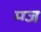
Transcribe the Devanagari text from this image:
म्ग्ज